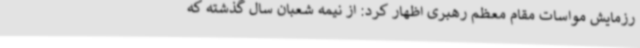
رزمایش مواسات مقام معظم رهبری اظهار کرد: از نیمه شعبان سال گذشته که